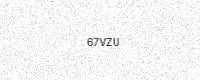
Text: 67VZU